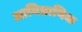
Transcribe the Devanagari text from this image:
आभिप्रायिक